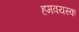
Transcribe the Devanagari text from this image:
हमवयस्क